Document type: Emphyteutic lease
Year: 1316
Scribe: Guillem de Vila
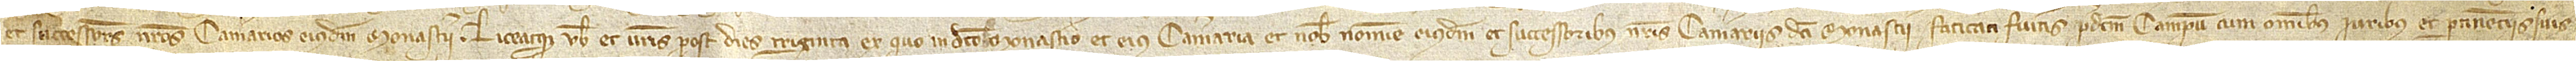
et successores nostros camerarios eiusdem monasterii. Liceatque vobis et vestris post dies triginta ex quo in dicto monasterio et eius cameraria et nobis nomine eiusdem et successoribus nostris camerariis dicti monasterii faticati fueritis predictum campum, cum omnibus iuribus et pertinenciis suis